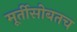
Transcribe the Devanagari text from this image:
मूर्तीसोबतच